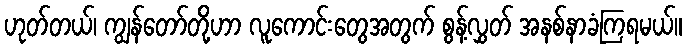
ဟုတ်တယ်၊ ကျွန်တော်တို့ဟာ လူကောင်းတွေအတွက် စွန့်လွှတ် အနစ်နာခံကြရမယ်။